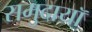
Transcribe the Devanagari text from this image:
समुदायॉ